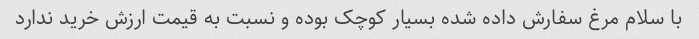
با سلام مرغ سفارش داده شده بسیار کوچک بوده و نسبت به قیمت ارزش خرید ندارد